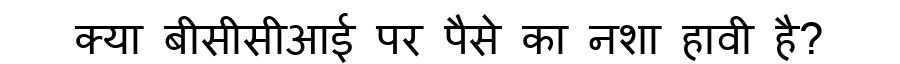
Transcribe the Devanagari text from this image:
क्या बीसीसीआई पर पैसे का नशा हावी है?